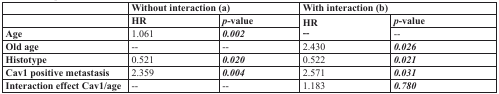
<table><thead><tr><td></td><td colspan="2"><b>Without interaction (a)</b></td><td colspan="2"><b>With interaction (b)</b></td></tr><tr><td></td><td><b>HR</b></td><td><b><i>p</i>-value</b></td><td><b>HR</b></td><td><b><i>p</i>-value</b></td></tr></thead><tbody><tr><td><b>Age</b></td><td>1.061</td><td><b><i>0.002</i></b></td><td>--</td><td>--</td></tr><tr><td><b>Old age</b></td><td>--</td><td>--</td><td>2.430</td><td><b><i>0.026</i></b></td></tr><tr><td><b>Histotype</b></td><td>0.521</td><td><b><i>0.020</i></b></td><td>0.522</td><td><b><i>0.021</i></b></td></tr><tr><td><b>Cav1 positive metastasis</b></td><td>2.359</td><td><b><i>0.004</i></b></td><td>2.571</td><td><b><i>0.031</i></b></td></tr><tr><td><b>Interaction effect Cav1/age</b></td><td>--</td><td>--</td><td>1.183</td><td><b><i>0.780</i></b></td></tr></tbody></table>